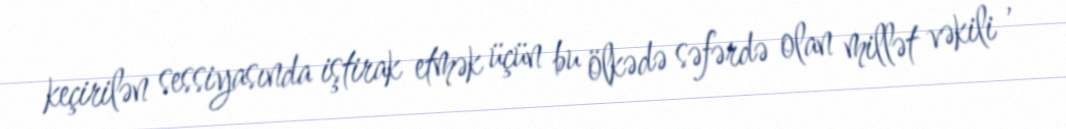
keçirilən sessiyasında iştirak etmək üçün bu ölkədə səfərdə olan millət vəkili ,